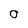
Character: O